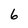
Character: 6